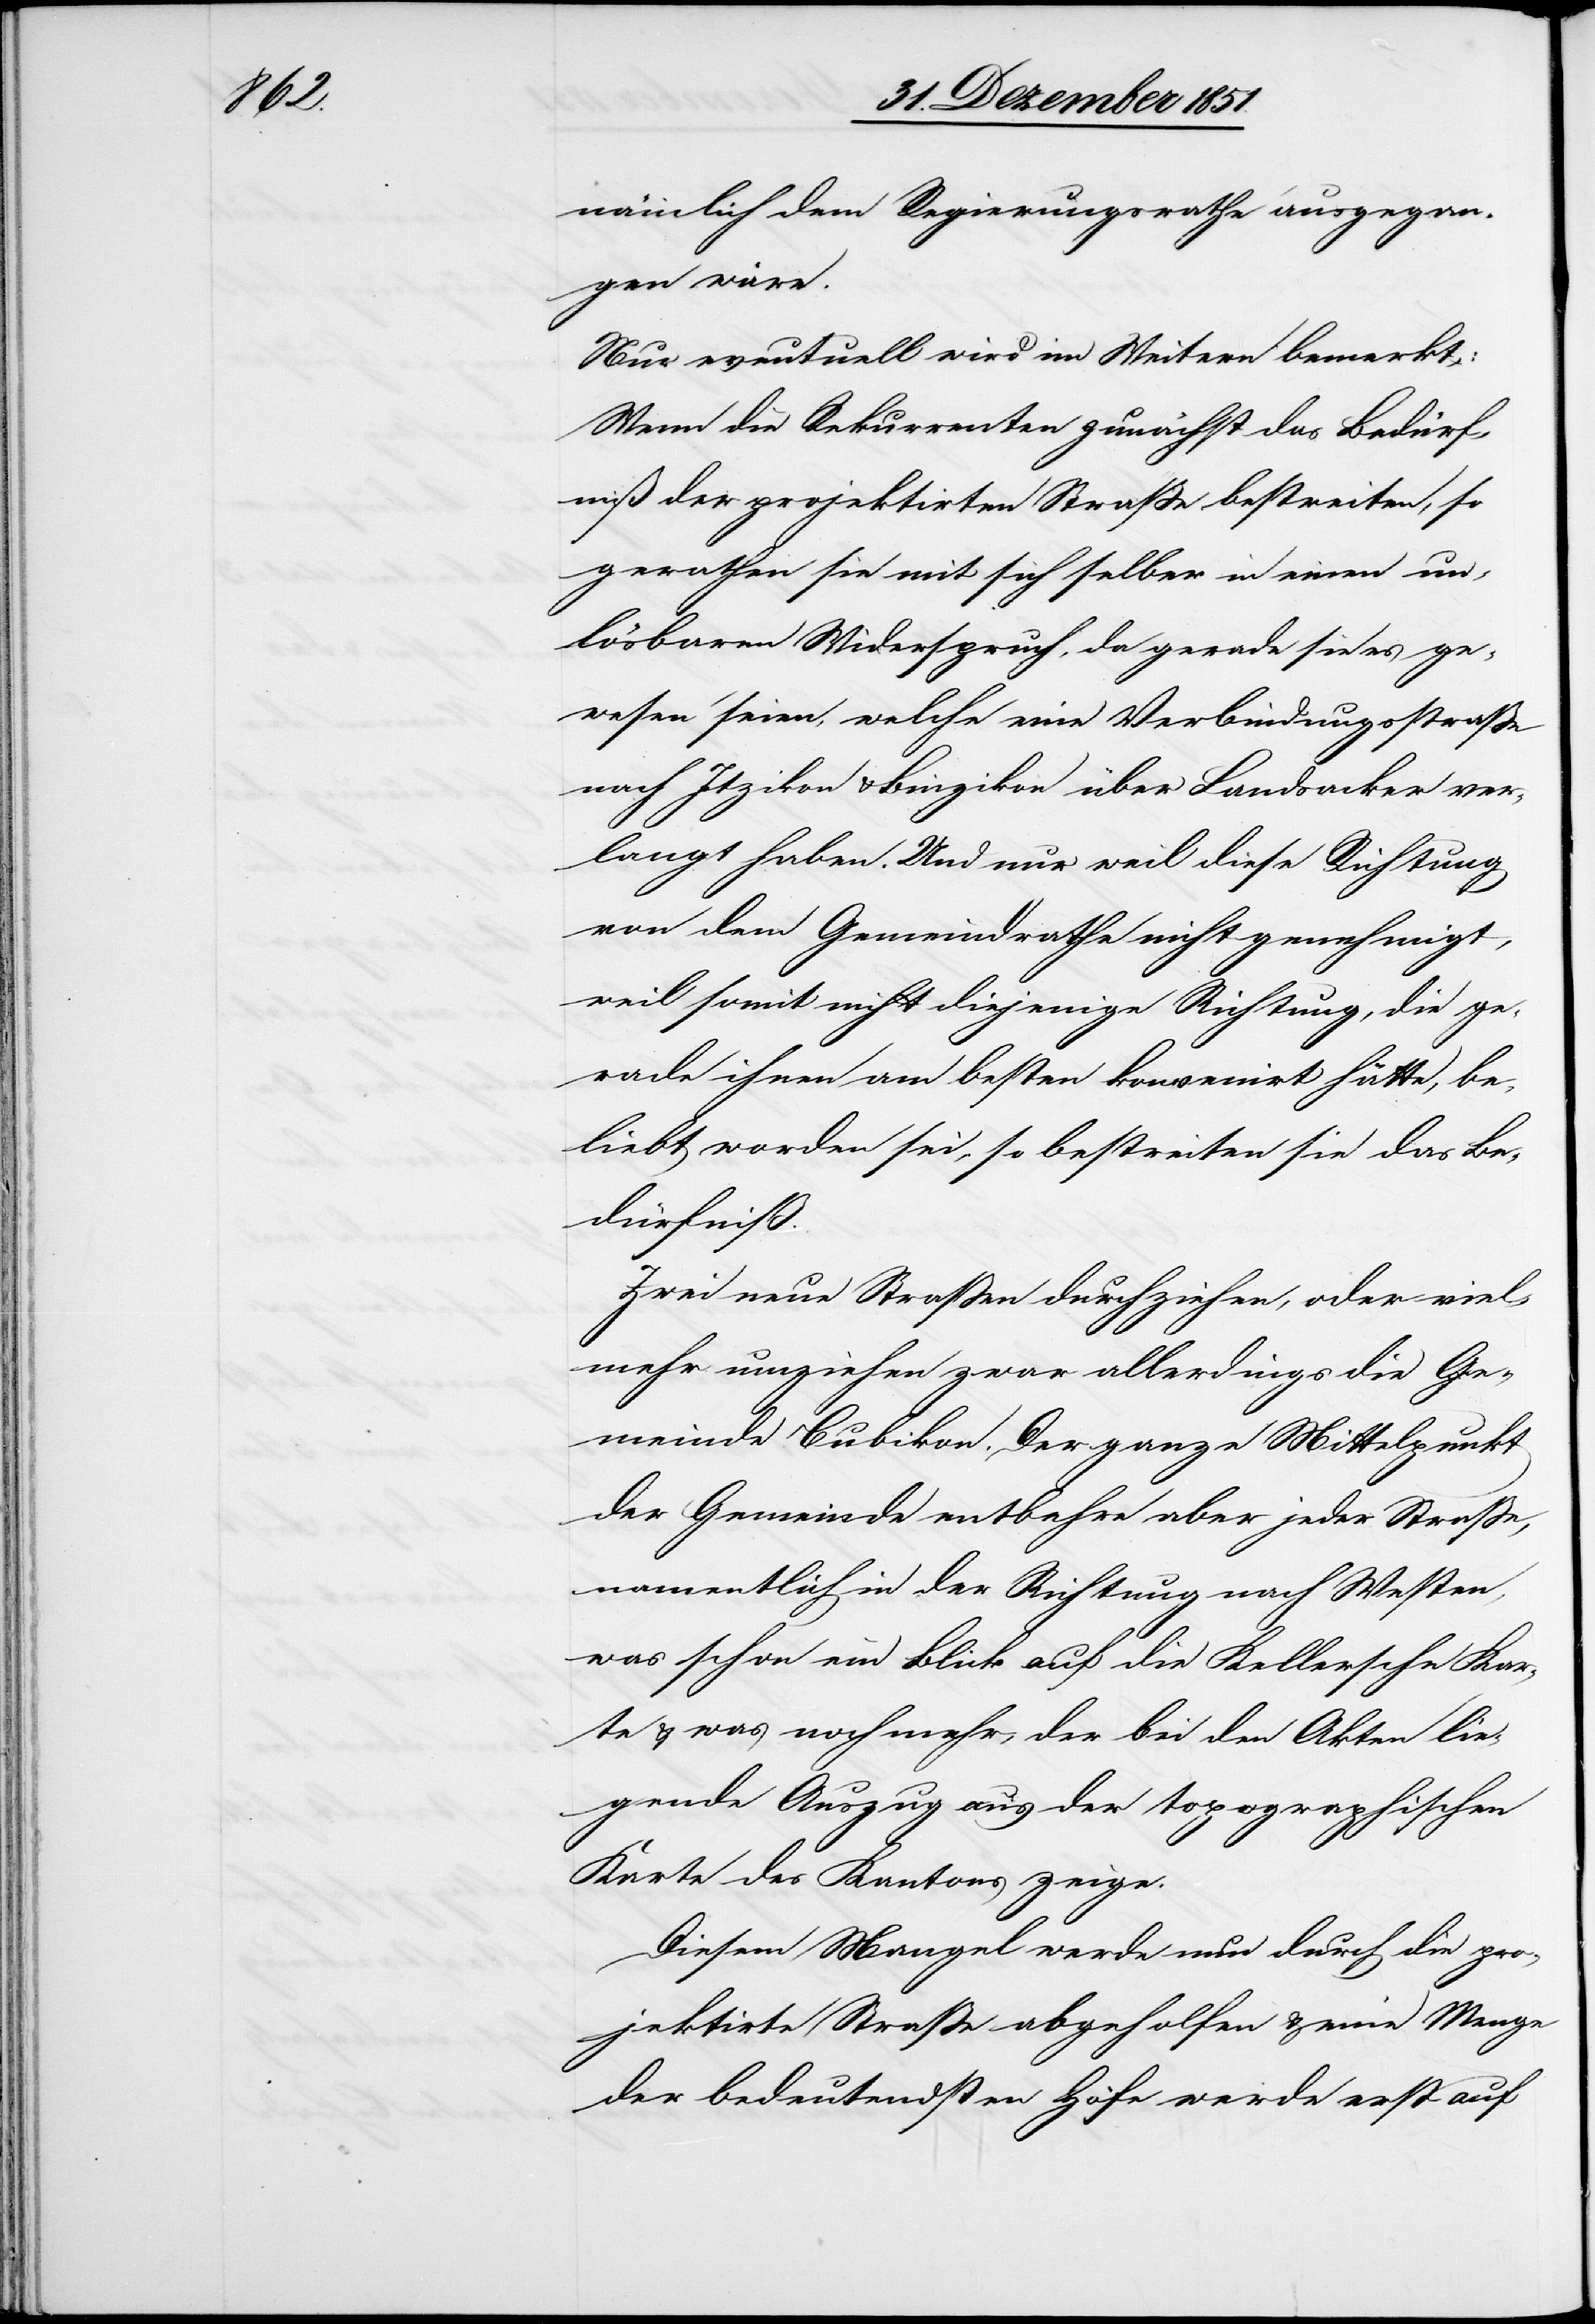
nämlich dem Regierungsrathe ausgegan¬
gen wäre.
Nur eventuell wird im Weitern bemerkt:
Wenn die Rekurrenten zunächst das Bedürf¬
niß der projektirten Straße bestreiten, so
gerathen sie mit sich selber in einen un¬
lösbaren Widerspruch, da gerade sie es ge¬
wesen seien, welche eine Verbindungsstraße
nach Itzikon & Binzikon über Landsacker ver¬
langt haben. Und nur weil diese Richtung
von dem Gemeindrathe nicht genehmigt,
weil somit nicht diejenige Richtung, die ge¬
rade ihnen am besten konvenirt hätte, be¬
liebt worden sei, so bestreiten sie das Be¬
dürfniß.
Zwei neue Straßen durchziehen, oder viel¬
mehr umziehen zwar allerdings die Ge¬
meinde Bubikon. Der ganze Mittelpunkt
der Gemeinde entbehre aber jeder Straße,
namentlich in der Richtung nach Westen,
was schon ein Blick auf die Kellersche Kar¬
te & was noch mehr, der bei den Akten lie¬
gende Auszug aus der topographischen
Karte des Kantons zeige.
Diesem Mangel werde nun durch die pro¬
jektirte Straße abgeholfen & eine Menge
der bedeutendsten Höfe werde erst auf